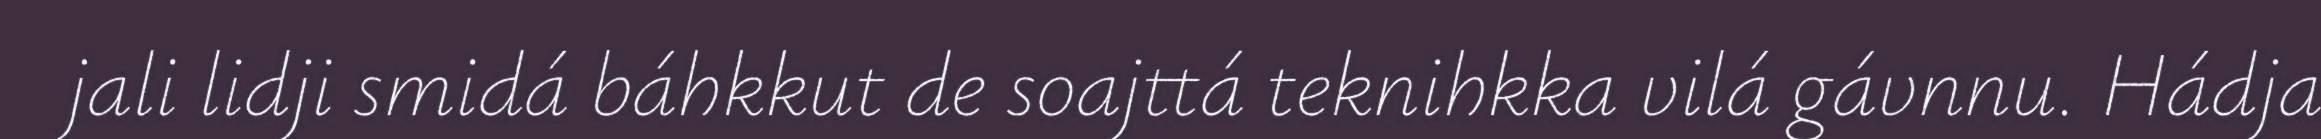
jali lidji smidá báhkkut de soajttá teknihkka vilá gávnnu. Hádja